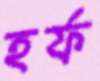
হর্ফ